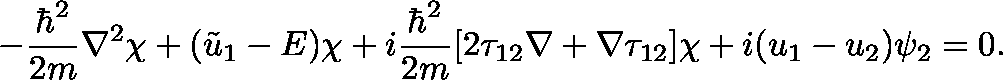
- { \frac { \hbar ^ { 2 } } { 2 m } } \nabla ^ { 2 } \chi + ( { \tilde { u } } _ { 1 } - E ) \chi + i { \frac { \hbar ^ { 2 } } { 2 m } } [ 2 \mathbf { \tau } _ { 1 2 } \nabla + \nabla \mathbf { \tau } _ { 1 2 } ] \chi + i ( u _ { 1 } - u _ { 2 } ) \psi _ { 2 } = 0 .